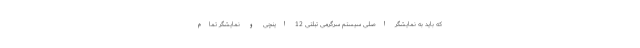
که باید به نمایشگر اصلی سیستم سرگرمی تبلتی 12 اینچی و نمایشگر تمام